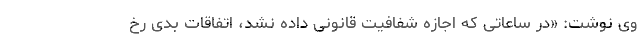
وی نوشت: «در ساعاتی که اجازه شفافیت قانونی داده نشد، اتفاقات بدی رخ